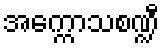
အက္ကောသစဏ္ဍီ